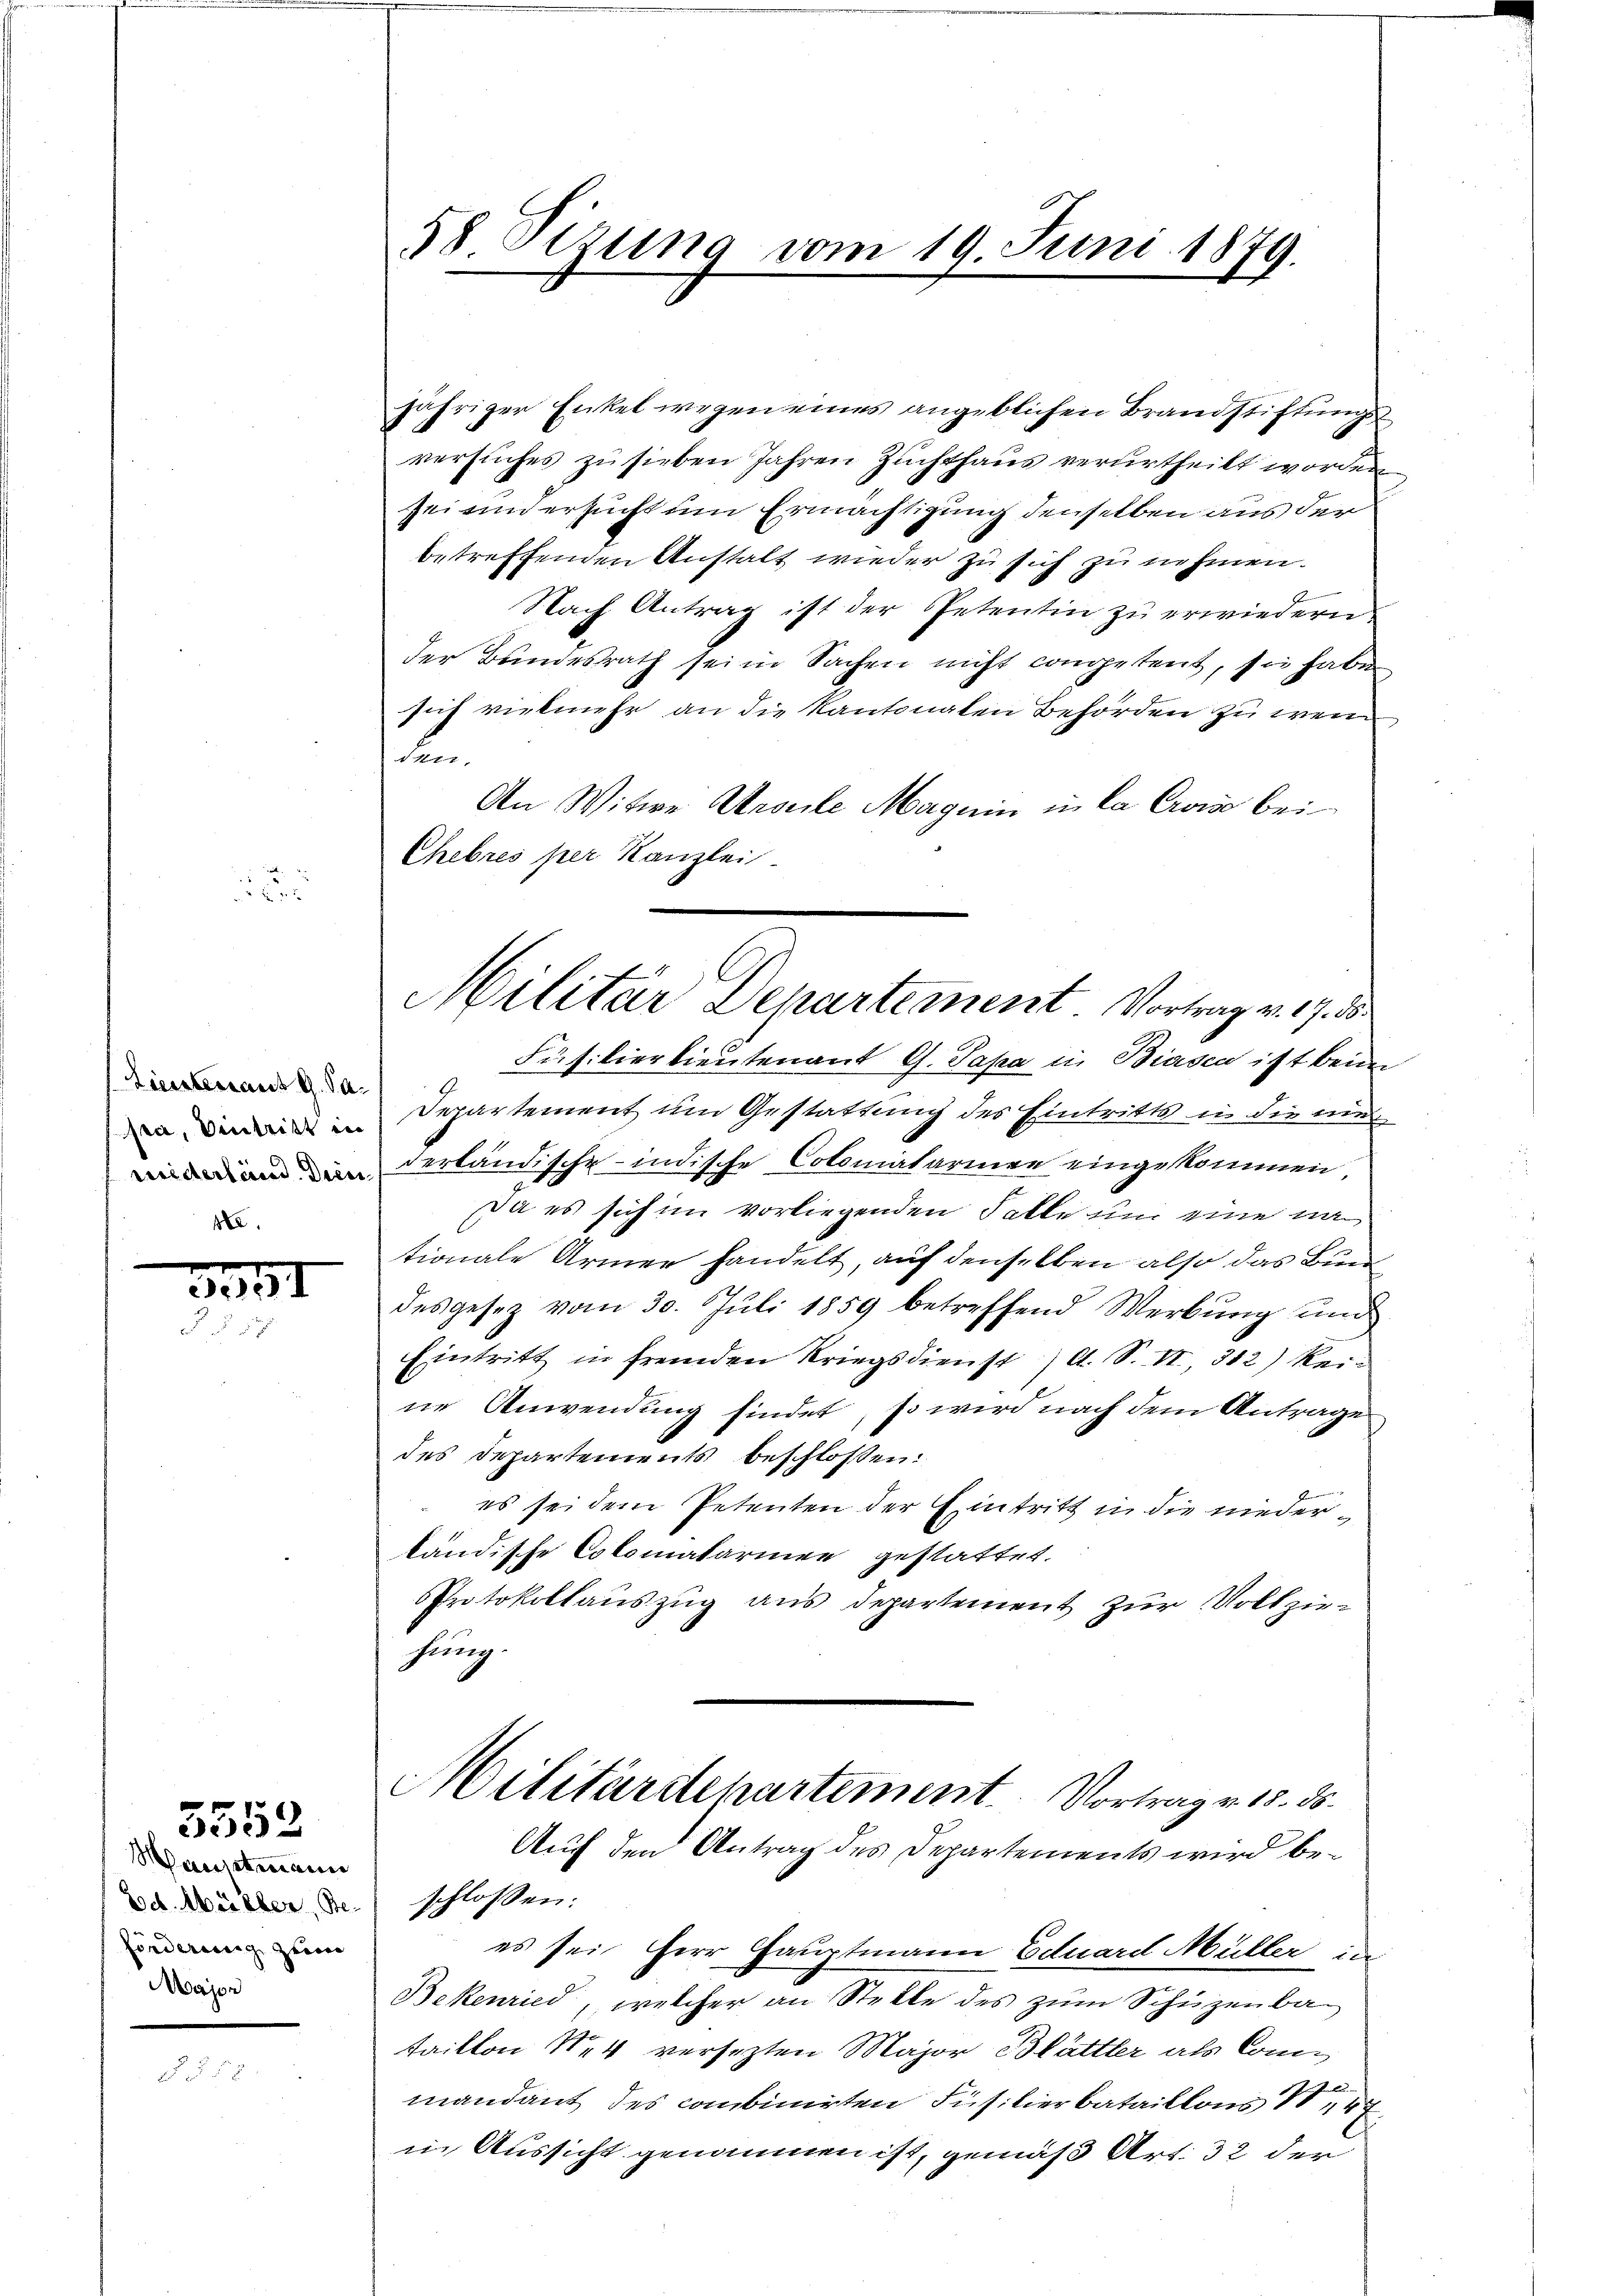
Liestenant G. Sa
sa, eintritt in
widerland. Diens
ste.

3357

Hauptmann
Joch. Müller, Beforderung zum
Major

5552

58. Sizung vom 19. Juni 1879.

jähriger Enkel wegen eines angeblichen Brandstiftung
versuches zu sieben Jahren Zuchthaus verurtheilt worden
sei und ersucht um Ermächtigung denselben aus der
betreffenden Anstalt wieder zu sich zu nehmen.
Nach Antrag ist der Petentin zu erwiedern
der Bundesrath sei in Sachen nicht conpetent, sie habe
sich vielmehr an die Kantonalen Behörden zu wei
den,
An Witwe Ansele Magnin in la Crois bei
Chebres per Kanzlei.
Füsilierlieutenant G. Papa in Biasca ist beim
Departement um Gestattung des Eintritts in die nie
derländische indische Colomatarinen eingekommen,
Da es sich im vorliegenden Falle um eine na
tionale Armer handelt, auf denselben also das Bund
desgesez vom 30. Juli 1859 betreffend Werbung und
Eintritt in fremden Kriegsdienst A. S. II., 382) kein
ne Anwendung findet, so wird nach dem Antrage
des Departements beschlossen:
es sei dem Petenten der Eintritt in die niederländische Colomatarinee gestattet.
Protokollauszug aus departement zur Vollziehung
Militärdepartement. Vortrag v. 18. ds.
Auf den Antrag des Departements wird beschlossen:
es sei Herr Hauptmann Eduard Müller in
Bekenried, welcher an Stelle des zum Schüzenba
taillon N. 4 versezten Major Blättler als Commandant des combinirten Füsilierbataillons 147
in Aussicht genommen ist, gemäß Art. 32 der

Militar Departement Vortrag v. 9. d